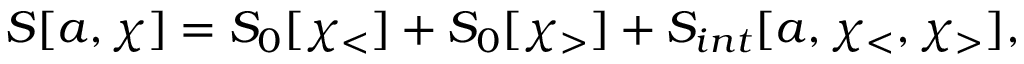
S [ a , \chi ] = S _ { 0 } [ \chi _ { < } ] + S _ { 0 } [ \chi _ { > } ] + S _ { i n t } [ a , \chi _ { < } , \chi _ { > } ] ,